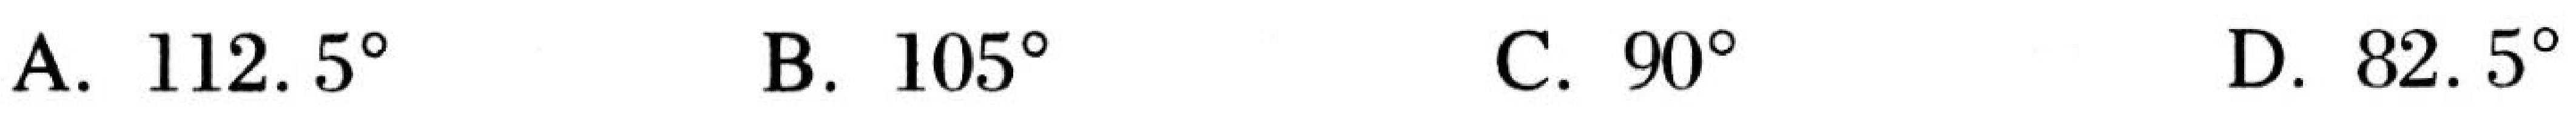
A. $112.5^{\circ}$  B. $105^{\circ}$  C. $90^{\circ}$  D. $82.5^{\circ}$